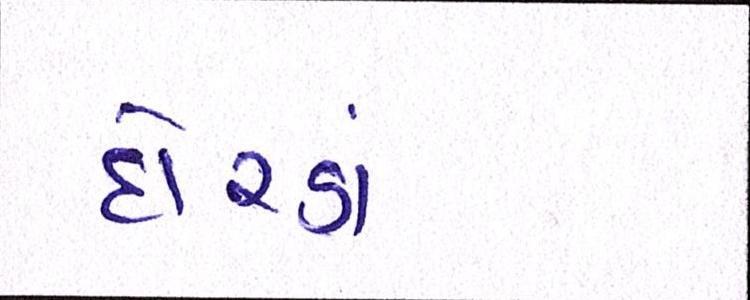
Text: દોરડાં